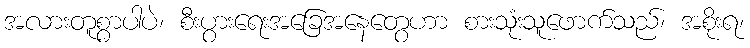
အလားတူစွာပါပဲ၊ စီးပွားရေးအခြေအနေတွေဟာ စားသုံးသူဖောက်သည်၊ အစိုးရ၊